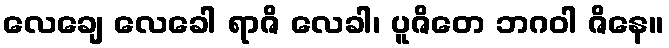
လေချေ လေခေါ ရာဇိ လေခါ၊ ပူဇိတေ ဘဂဝါ ဇိနေ။